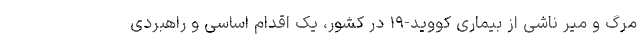
مرگ و میر ناشی از بیماری کووید-۱۹ در کشور، یک اقدام اساسی و راهبردی